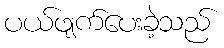
ပယ်ဖျက်ပေးခဲ့သည်